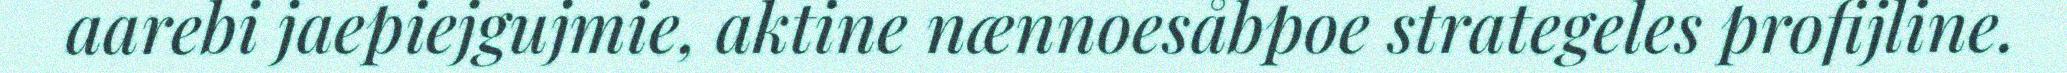
aarebi jaepiejgujmie, aktine nænnoesåbpoe strategeles profijline.